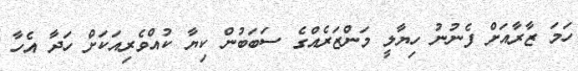
ހަމަ ޒާރާއަށް ފެނުނު ހިޔާލީ މަންޒަރެއްގެ ސަބަބުން ކިޔާ ކުއްވެރިއަކަށް ހަދާ އެހާ